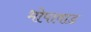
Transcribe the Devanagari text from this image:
भोपावाड